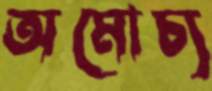
অমোচ্য